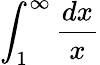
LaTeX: \int_{1}^{\infty}{\frac{dx}{x}}